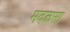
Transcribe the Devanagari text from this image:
मदळसा